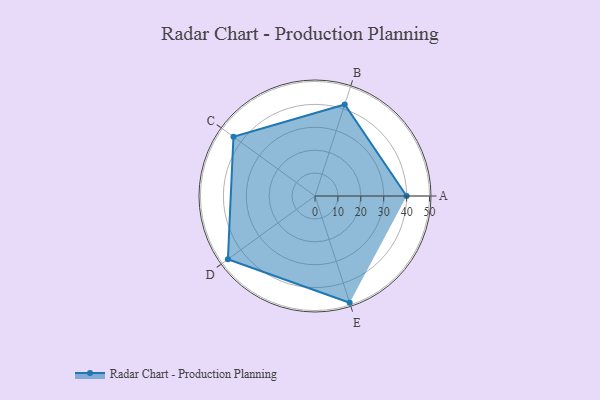
{"axis": {"x": "Skill", "y": "Score"}, "legend": ["Profile"], "data": [{"x": "A", "y": 40.0, "type": "Profile"}, {"x": "B", "y": 42.0, "type": "Profile"}, {"x": "C", "y": 44.0, "type": "Profile"}, {"x": "D", "y": 47.0, "type": "Profile"}, {"x": "E", "y": 49.0, "type": "Profile"}]}